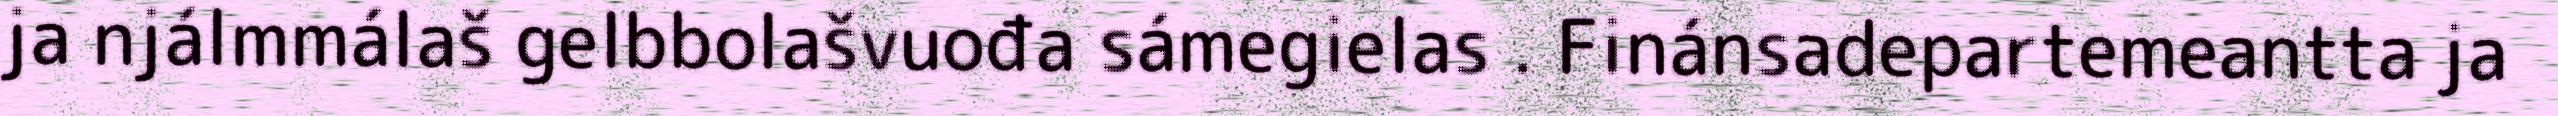
ja njálmmálaš gelbbolašvuođa sámegielas . Finánsadepartemeantta ja